Civil Veterinary Department. United Provinces 1932-42 - 1932-1942
Year: 1932
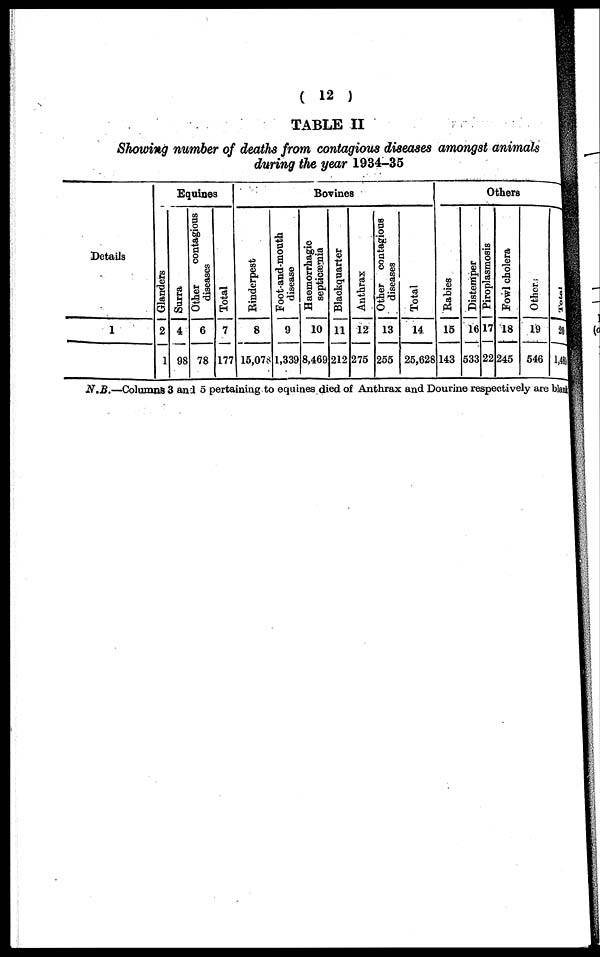
TABLE II
Showing number of deaths from contagious diseases amongst animals
during the year 1934-35
Details
1
Equines
Glanders
2
1
Surra
4
98
Other
contagious
diseases
6
78
Total
7
177
Bovines
Rinderpest
8
15,078
Foot-and-mouth
disease
9
1,339
Haeinorrhagic
septicæmia
10
8,469
Blackquarter
11
212
Anthrax
12
275
Other contagious
diseases
13
255
Total
14
25,628
Others
Rabies
15
143
Distemper
16
533
Piroplasmosis
17
22
Fowl cholera
18
245
Other;
19
546
Total
28
1,485
N.B.—Columns 3 and 5 pertaining to equines died of Anthrax and Dourine respectively are blank